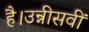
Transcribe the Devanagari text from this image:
है।उन्नीसवीं